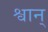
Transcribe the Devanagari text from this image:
श्वान्